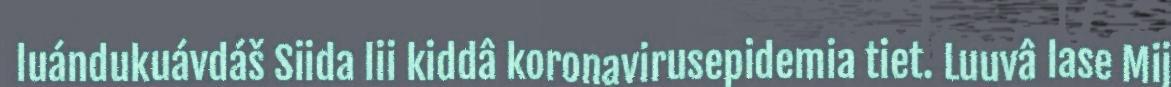
luándukuávdáš Siida lii kiddâ koronavirusepidemia tiet. Luuvâ lase Mij